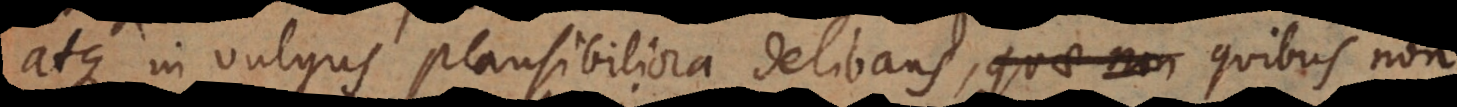
atque in vulgus plausibiliora delibans, quae non